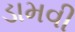
ડામવી